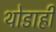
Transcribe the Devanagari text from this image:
थोडाही